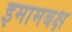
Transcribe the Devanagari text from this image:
इमामबक्ष